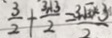
\frac { 3 } { 2 } + \frac { 3 \sqrt { 3 } } { 2 } = \frac { 3 \sqrt { 3 } \times 3 } { 2 }